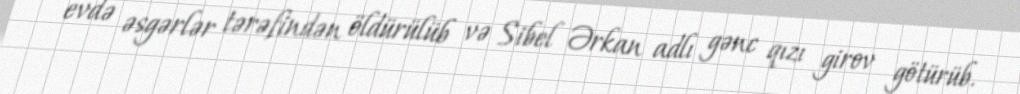
evdə əsgərlər tərəfindən öldürülüb və Sibel Ərkan adlı gənc qızı girov götürüb.